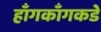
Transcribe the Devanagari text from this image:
हाँगकाँगकडे